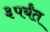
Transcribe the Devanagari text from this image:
३पर्यंत